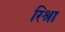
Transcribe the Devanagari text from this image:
रिश्रा